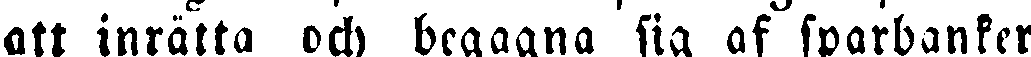
att inrätta och begagna sig af sparbanker